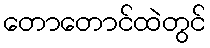
တောတောင်ထဲတွင်